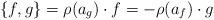
LaTeX: \begin{align*}\{f,g\}=\rho(a_g)\cdot f=-\rho(a_f)\cdot g\end{align*}